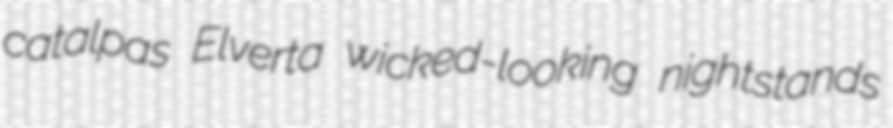
catalpas Elverta wicked-looking nightstands